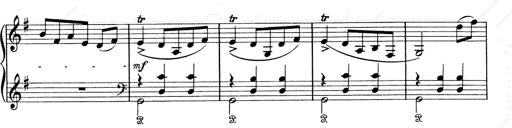
Title: 6 Polish Songs
Composer: Franz Liszt